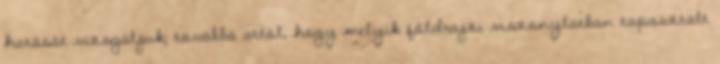
hatását vizsgáljuk; továbbá attól, hogy melyik földrajzi viszonylatban tapasztalt